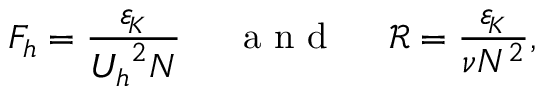
F _ { h } = \frac { { \varepsilon _ { \! \scriptscriptstyle K } } } { { U _ { h } } ^ { 2 } N } ~ ~ ~ ~ \mathrm { ~ a ~ n ~ d ~ } ~ ~ ~ ~ \mathcal { R } = \frac { { \varepsilon _ { \! \scriptscriptstyle K } } } { \nu N ^ { 2 } } ,